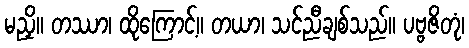
မညှိ။ တဿာ၊ ထိုကြောင့်။ တယာ၊ သင်ညီချစ်သည်။ ပဗ္ဗဇိတုံ၊